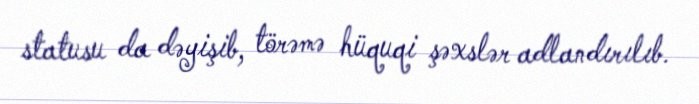
statusu da dəyişib, törəmə hüquqi şəxslər adlandırılıb.